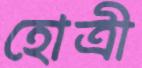
হোত্রী